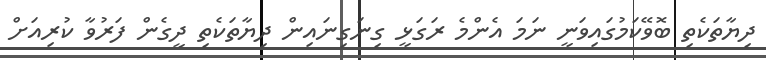
ދިޔާތަކެތި ބޮވޭކަމުގައިވަނީ ނަމަ އެންމެ ރަގަޅީ ގިނަގިނައިން ދިޔާތަކެތި ދީގެން ފަރުވާ ކުރިއަށް